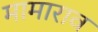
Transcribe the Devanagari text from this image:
मामाराव